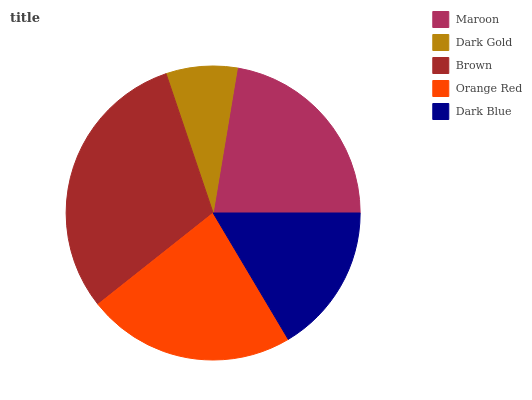
| Maroon | Dark Gold | Brown | Orange Red | Dark Blue |
 | --- | --- | --- | --- | --- |
 | 22.4% | 7.8% | 30.5% | 22.9% | 16.4% |